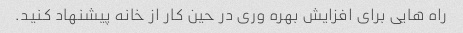
راه هایی برای افزایش بهره وری در حین کار از خانه پیشنهاد کنید.